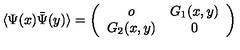
\langle \Psi ( x ) \bar { \Psi } ( y ) \rangle = \left( \begin{array} { c c } { o } & { G _ { 1 } ( x , y ) \nonumber } \\ { G _ { 2 } ( x , y ) } & { 0 } \\ \end{array} \right)